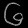
Digit: ၆